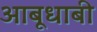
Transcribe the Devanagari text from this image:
आबूधाबी